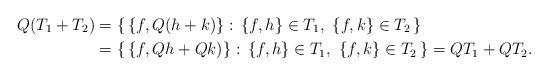
LaTeX: \begin{align*} Q(T_1+T_2)&=\{\,\{f,Q(h+k)\} :\, \{f,h\} \in T_1, \,\, \{f,k\} \in T_2\,\}\\ &=\{\,\{f,Qh+Qk)\} :\, \{f,h\} \in T_1, \,\, \{f,k\} \in T_2\,\}=QT_{1}+QT_{2}.\end{align*}